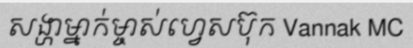
សង្ហាម្នាក់ម្ចាស់ហ្វេសប៊ុក Vannak MC